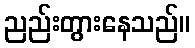
ညည်းတွားနေသည်။